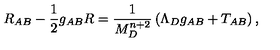
R _ { A B } - \frac { 1 } { 2 } g _ { A B } R = \frac { 1 } { M _ { D } ^ { n + 2 } } \left( \Lambda _ { D } g _ { A B } + T _ { A B } \right) ,